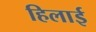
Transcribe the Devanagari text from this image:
हिलाई